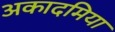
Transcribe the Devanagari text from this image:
अकादमिया